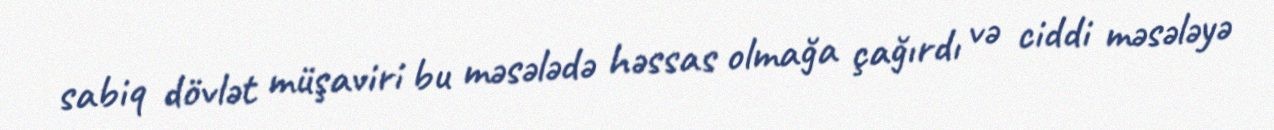
sabiq dövlət müşaviri bu məsələdə həssas olmağa çağırdı və ciddi məsələyə